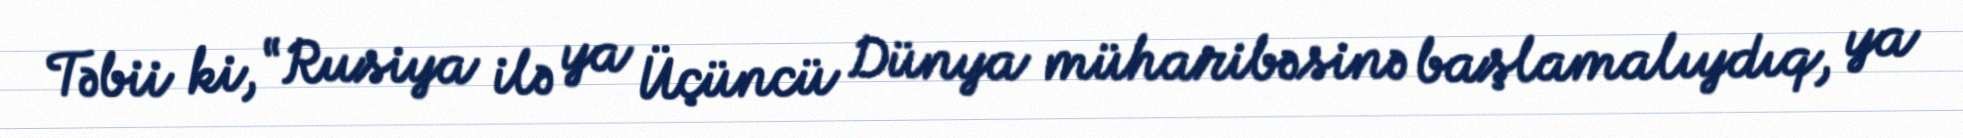
Təbii ki, “Rusiya ilə ya Üçüncü Dünya müharibəsinə başlamalıydıq, ya